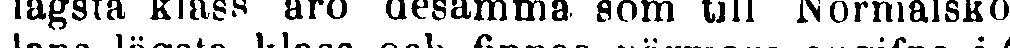
lägsta klass äro desamma som till Normalsko-